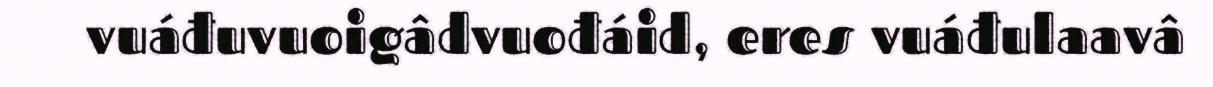
vuáđuvuoigâdvuođáid, eres vuáđulaavâ